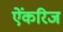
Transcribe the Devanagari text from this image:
ऐंकरिज